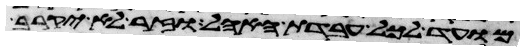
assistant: מועד לכל עבדת האהל וזר לא יקרב